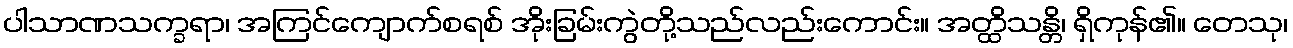
ပါသာဏသက္ခရာ၊ အကြင်ကျောက်စရစ် အိုးခြမ်းကွဲတို့သည်လည်းကောင်း။ အတ္ထိသန္တိ၊ ရှိကုန်၏။ တေသု၊